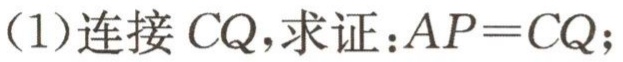
(1)连接 \(CQ\)，求证：\(AP = CQ\)；